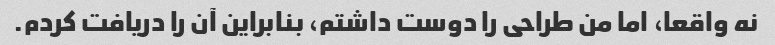
نه واقعا، اما من طراحی را دوست داشتم، بنابراین آن را دریافت کردم.